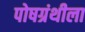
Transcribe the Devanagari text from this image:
पोषग्रंथीला